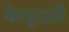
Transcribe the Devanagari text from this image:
फेलूदाही